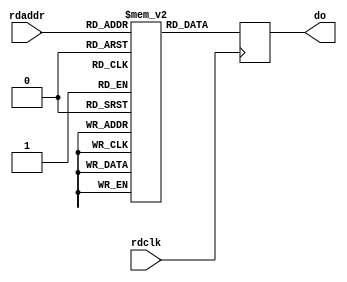
module ram0(
    // Read port
    input rdclk,
    input [9:0] rdaddr,
    output reg [35:0] do);

    (* ram_style = "block" *) reg [35:0] ram[0:1023];

    genvar i;
    generate
        for (i=0; i<1024; i=i+1)
        begin
            initial begin
                ram[i] <= i | (i << 16);
            end
        end
    endgenerate

    always @ (posedge rdclk) begin
        do <= ram[rdaddr];
    end

endmodule